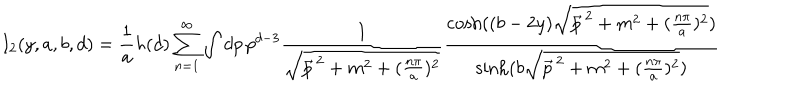
I _ { 2 } ( y , a , b , d ) = \frac { 1 } { a } h ( d ) \sum _ { n = 1 } ^ { \infty } \int d p \, p ^ { d - 3 } \frac { 1 } { \sqrt { \vec { p } ^ { \, 2 } + m ^ { 2 } + ( \frac { n \pi } { a } ) ^ { 2 } } } \frac { \cosh ( ( b - 2 y ) \sqrt { \vec { p } ^ { \, 2 } + m ^ { 2 } + ( \frac { n \pi } { a } ) ^ { 2 } } ) } { \sinh ( b \sqrt { \vec { p } ^ { \, 2 } + m ^ { 2 } + ( \frac { n \pi } { a } ) ^ { 2 } } ) }